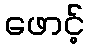
ဖောင့်